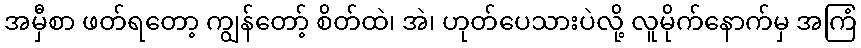
အမှီစာ ဖတ်ရတော့ ကျွန်တော့် စိတ်ထဲ၊ အဲ၊ ဟုတ်ပေသားပဲလို့ လူမိုက်နောက်မှ အကြံ